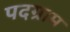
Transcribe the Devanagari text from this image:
पदग्राम